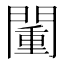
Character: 𨵮